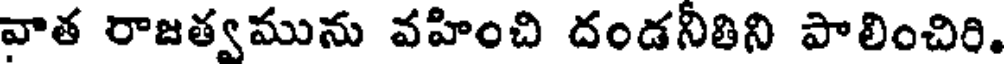
వాత రాజత్వమును వహించి దండనీతిని పాలించిరి.